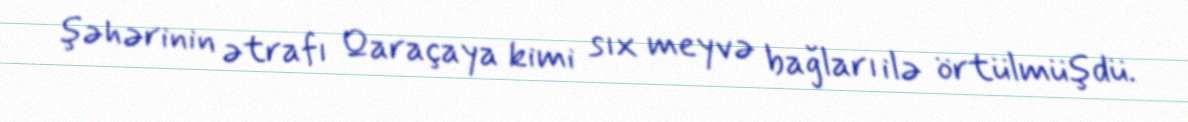
şəhərinin ətrafı Qaraçaya kimi sıx meyvə bağları ilə örtülmüşdü.